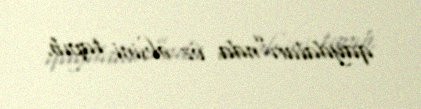
qaydaları”nda öz əksini tapıb.